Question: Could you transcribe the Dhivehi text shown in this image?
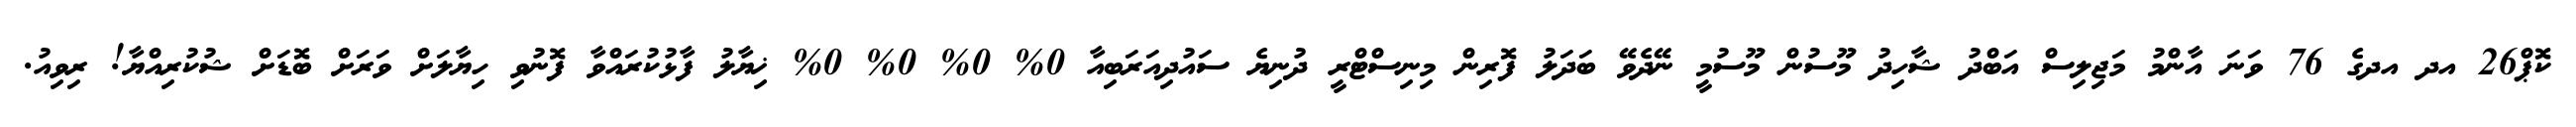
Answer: ކޮޕް26 އދ އދގެ 76 ވަނަ އާންމު މަޖިލިސް އަބްދު ޝާހިދު މޫސުން މޫސުމީ ނޭދެވޭ ބަދަލު ފޮރިން މިނިސްޓްރީ ދުނިޔެ ސައުދިއަރަބިއާ 0% 0% 0% 0% ޚިޔާލު ފާޅުކުރައްވާ ފޮނުވި ހިޔާލަށް ވަރަށް ބޮޑަށް ޝުކުރިއްޔާ! ރިވިއު.